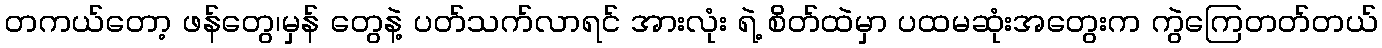
တကယ်တော့ ဖန်တွေ၊မှန် တွေနဲ့ ပတ်သက်လာရင် အားလုံး ရဲ့ စိတ်ထဲမှာ ပထမဆုံးအတွေးက ကွဲကြေတတ်တယ်